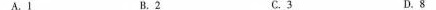
A.1 B.2 C.3 D.8